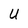
Character: U